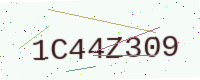
Text: 1C44Z309